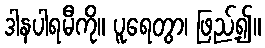
ဒါနပါရမီကို။ ပူရေတွာ၊ ဖြည့်၍။